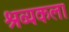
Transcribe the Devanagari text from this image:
श्रव्यकला